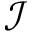
\mathcal { I }